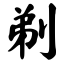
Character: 剃